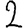
Digit: 2